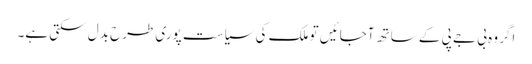
اگر وہ بی جے پی کے ساتھ آجائیں تو ملک کی سیاست پوری طرح بدل سکتی ہے۔